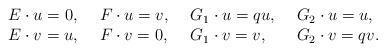
LaTeX: \begin{align*}\begin{array}{llll}E \cdot u = 0, ~ &F \cdot u =v, ~& G_1 \cdot u = qu, ~ & G_2 \cdot u = u,\\E \cdot v = u, ~ &F \cdot v =0, ~& G_1 \cdot v = v, ~ & G_2 \cdot v = qv.\end{array}\end{align*}